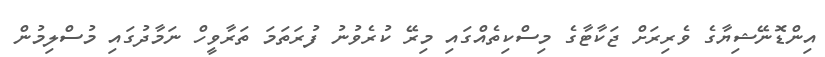
އިންޑޮނޭޝިޔާގެ ވެރިރަށް ޖަކާޓާގެ މިސްކިތެއްގައި މިރޭ ކުރެވުނު ފުރަތަމަ ތަރާވީހް ނަމާދުގައި މުސްލިމުން